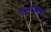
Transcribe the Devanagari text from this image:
बेलीझमध्ये